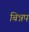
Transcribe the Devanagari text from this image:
बिन्नप